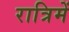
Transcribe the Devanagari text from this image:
रात्रिमें